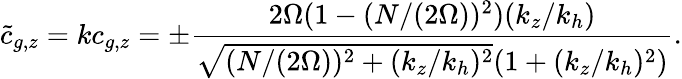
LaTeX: \tilde{c}_{g,z}=kc_{g,z}=\pm\frac{2\Omega(1-(N/(2\Omega))^{2})(k_{z}/k_{h})}{\sqrt{(N/(2\Omega))^{2}+(k_{z}/k_{h})^{2}}(1+(k_{z}/k_{h})^{2})}.